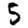
Digit: 5